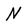
Character: N